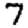
Digit: 7